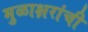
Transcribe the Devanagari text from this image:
मुळाक्षरांची